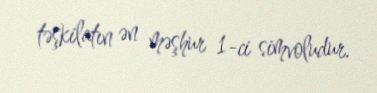
təşkilatın ən məşhur 1-ci simvoludur.